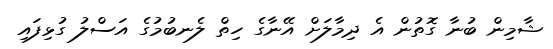
ޝާމިން ބުނާ ގޮތުން އެ ދިމާލަށް އޭނާގެ ހިތް ލެނބުމުގެ އަސްލު ގުޅިފައި